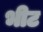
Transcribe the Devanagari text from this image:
भीट